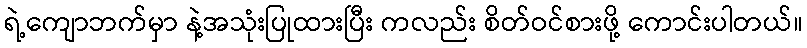
ရဲ့ကျောဘက်မှာ နဲ့အသုံးပြုထားပြီး ကလည်း စိတ်ဝင်စားဖို့ ကောင်းပါတယ်။